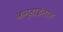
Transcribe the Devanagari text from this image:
कन्हाईलाल